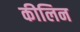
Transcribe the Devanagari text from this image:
कीलिन